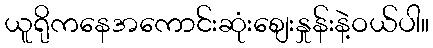
ယူရိုကနေအကောင်းဆုံးစျေးနှုန်းနဲ့ဝယ်ပါ။